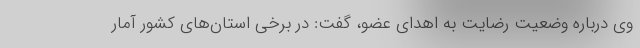
وی درباره وضعیت رضایت به اهدای عضو، گفت: در برخی استان‌های کشور آمار